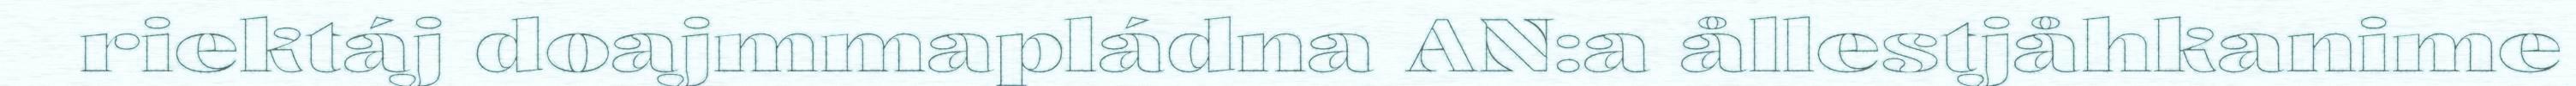
riektáj doajmmapládna AN:a ållestjåhkanime